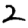
Digit: 2